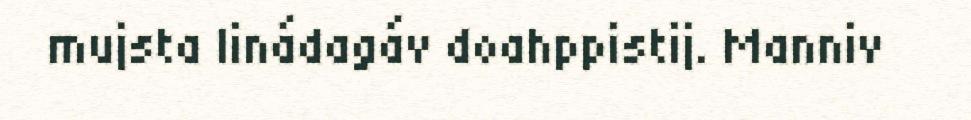
mujsta linádagáv doahppistij. Manniv